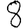
Digit: 8